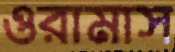
ওরামাস